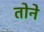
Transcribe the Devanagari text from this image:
तोने